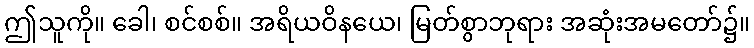
ဤသူကို။ ခေါ၊ စင်စစ်။ အရိယဝိနယေ၊ မြတ်စွာဘုရား အဆုံးအမတော်၌။